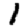
Digit: 1